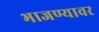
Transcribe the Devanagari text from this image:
भाजण्यावर